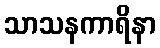
သာသနကာရိနာ